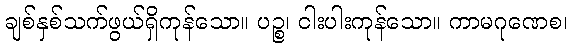
ချစ်နှစ်သက်ဖွယ်ရှိကုန်သော။ ပဉ္စ၊ ငါးပါးကုန်သော။ ကာမဂုဏေစ၊